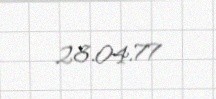
28.04.77